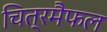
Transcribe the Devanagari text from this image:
चित्रमैफल